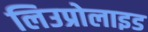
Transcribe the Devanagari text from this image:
लिउप्रोलाइड